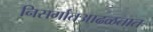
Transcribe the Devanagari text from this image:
निसर्गातआढळतात